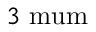
3 \mathrm { \ m u m }